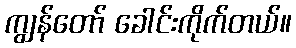
ကျွန်တော် ခေါင်းကိုက်တယ်။